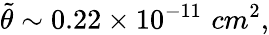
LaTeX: {\tilde{\theta}}\sim 0.22\times 10^{-11}\, \, cm^{2},